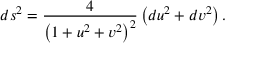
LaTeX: d s ^ { 2 } = { \frac { 4 } { \left( 1 + u ^ { 2 } + v ^ { 2 } \right) ^ { 2 } } } \left( d u ^ { 2 } + d v ^ { 2 } \right) .